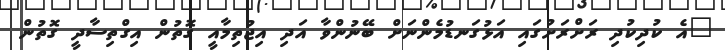
"އެ ކުދިކުދި ރަށްރަށުގައި އަޅުގަނޑުމެންނަށް ބޭނުންވާ އަދި އިޖުތިމާއީ ގޮތުން އިގްތިސާދީ ގޮތުން